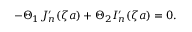
- \Theta _ { 1 } J _ { n } ^ { \prime } ( \zeta a ) + \Theta _ { 2 } I _ { n } ^ { \prime } ( \zeta a ) = 0 .